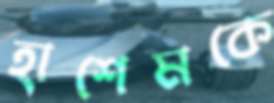
হাশেমকে